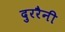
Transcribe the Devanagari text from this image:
दुररैनी